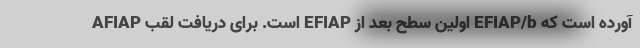
آورده است که EFIAP/b اولین سطح بعد از EFIAP است. برای دریافت لقب AFIAP